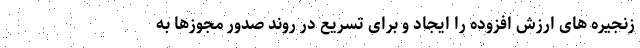
زنجیره های ارزش افزوده را ایجاد و برای تسریع در روند صدور مجوزها به